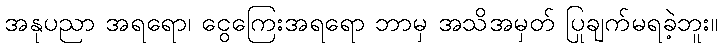
အနုပညာ အရရော၊ ငွေကြေးအရရော ဘာမှ အသိအမှတ် ပြုချက်မရခဲ့ဘူး။